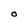
Character: O